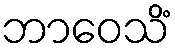
ဘာဝေသိံ